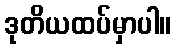
ဒုတိယထပ်မှာပါ။